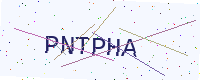
Text: PNTPHA